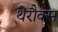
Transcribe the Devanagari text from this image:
थेरौक्स